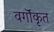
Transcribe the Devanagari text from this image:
वर्गॊकृत